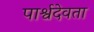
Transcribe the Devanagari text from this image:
पार्श्वदेवता